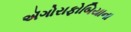
ઍગોરાફોબિયાના